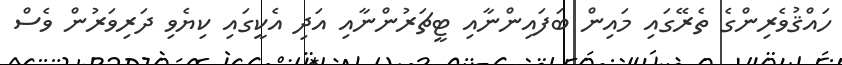
ހައްޤުވެރިންގެ ތެރޭގައި މައިން ބަފައިންނާއި ޓީޗަރުންނާއި އަދި އެކީގައި ކިޔެވި ދަރިވަރުން ވެސް